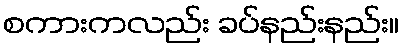
စကားကလည်း ခပ်နည်းနည်း။